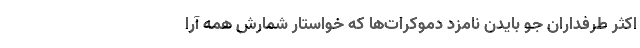
اکثر طرفداران جو بایدن نامزد دموکرات‌ها که خواستار شمارش همه آرا